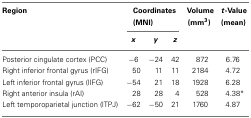
| Region | <COLSPAN=3> Coordinates (MNI) | Volume (mm3) | t-Value (mean) |
 |  | x | y | z |  |  |
 | --- | --- | --- | --- | --- | --- |
 | Posterior cingulate cortex (PCC) | −6 | −24 | 42 | 872 | 6.76 |
 | Right inferior frontal gyrus (rIFG) | 50 | 11 | 11 | 2184 | 4.72 |
 | Left inferior frontal gyrus (lIFG) | −54 | 21 | 18 | 1928 | 6.28 |
 | Right anterior insula (rAI) | 28 | 28 | 4 | 528 | 4.38* |
 | Left temporoparietal junction (lTPJ) | −62 | −50 | 21 | 1760 | 4.87 |